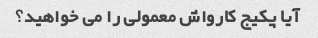
آیا پکیج کارواش معمولی را می خواهید؟